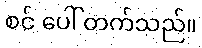
စင် ပေါ် တက်သည်။